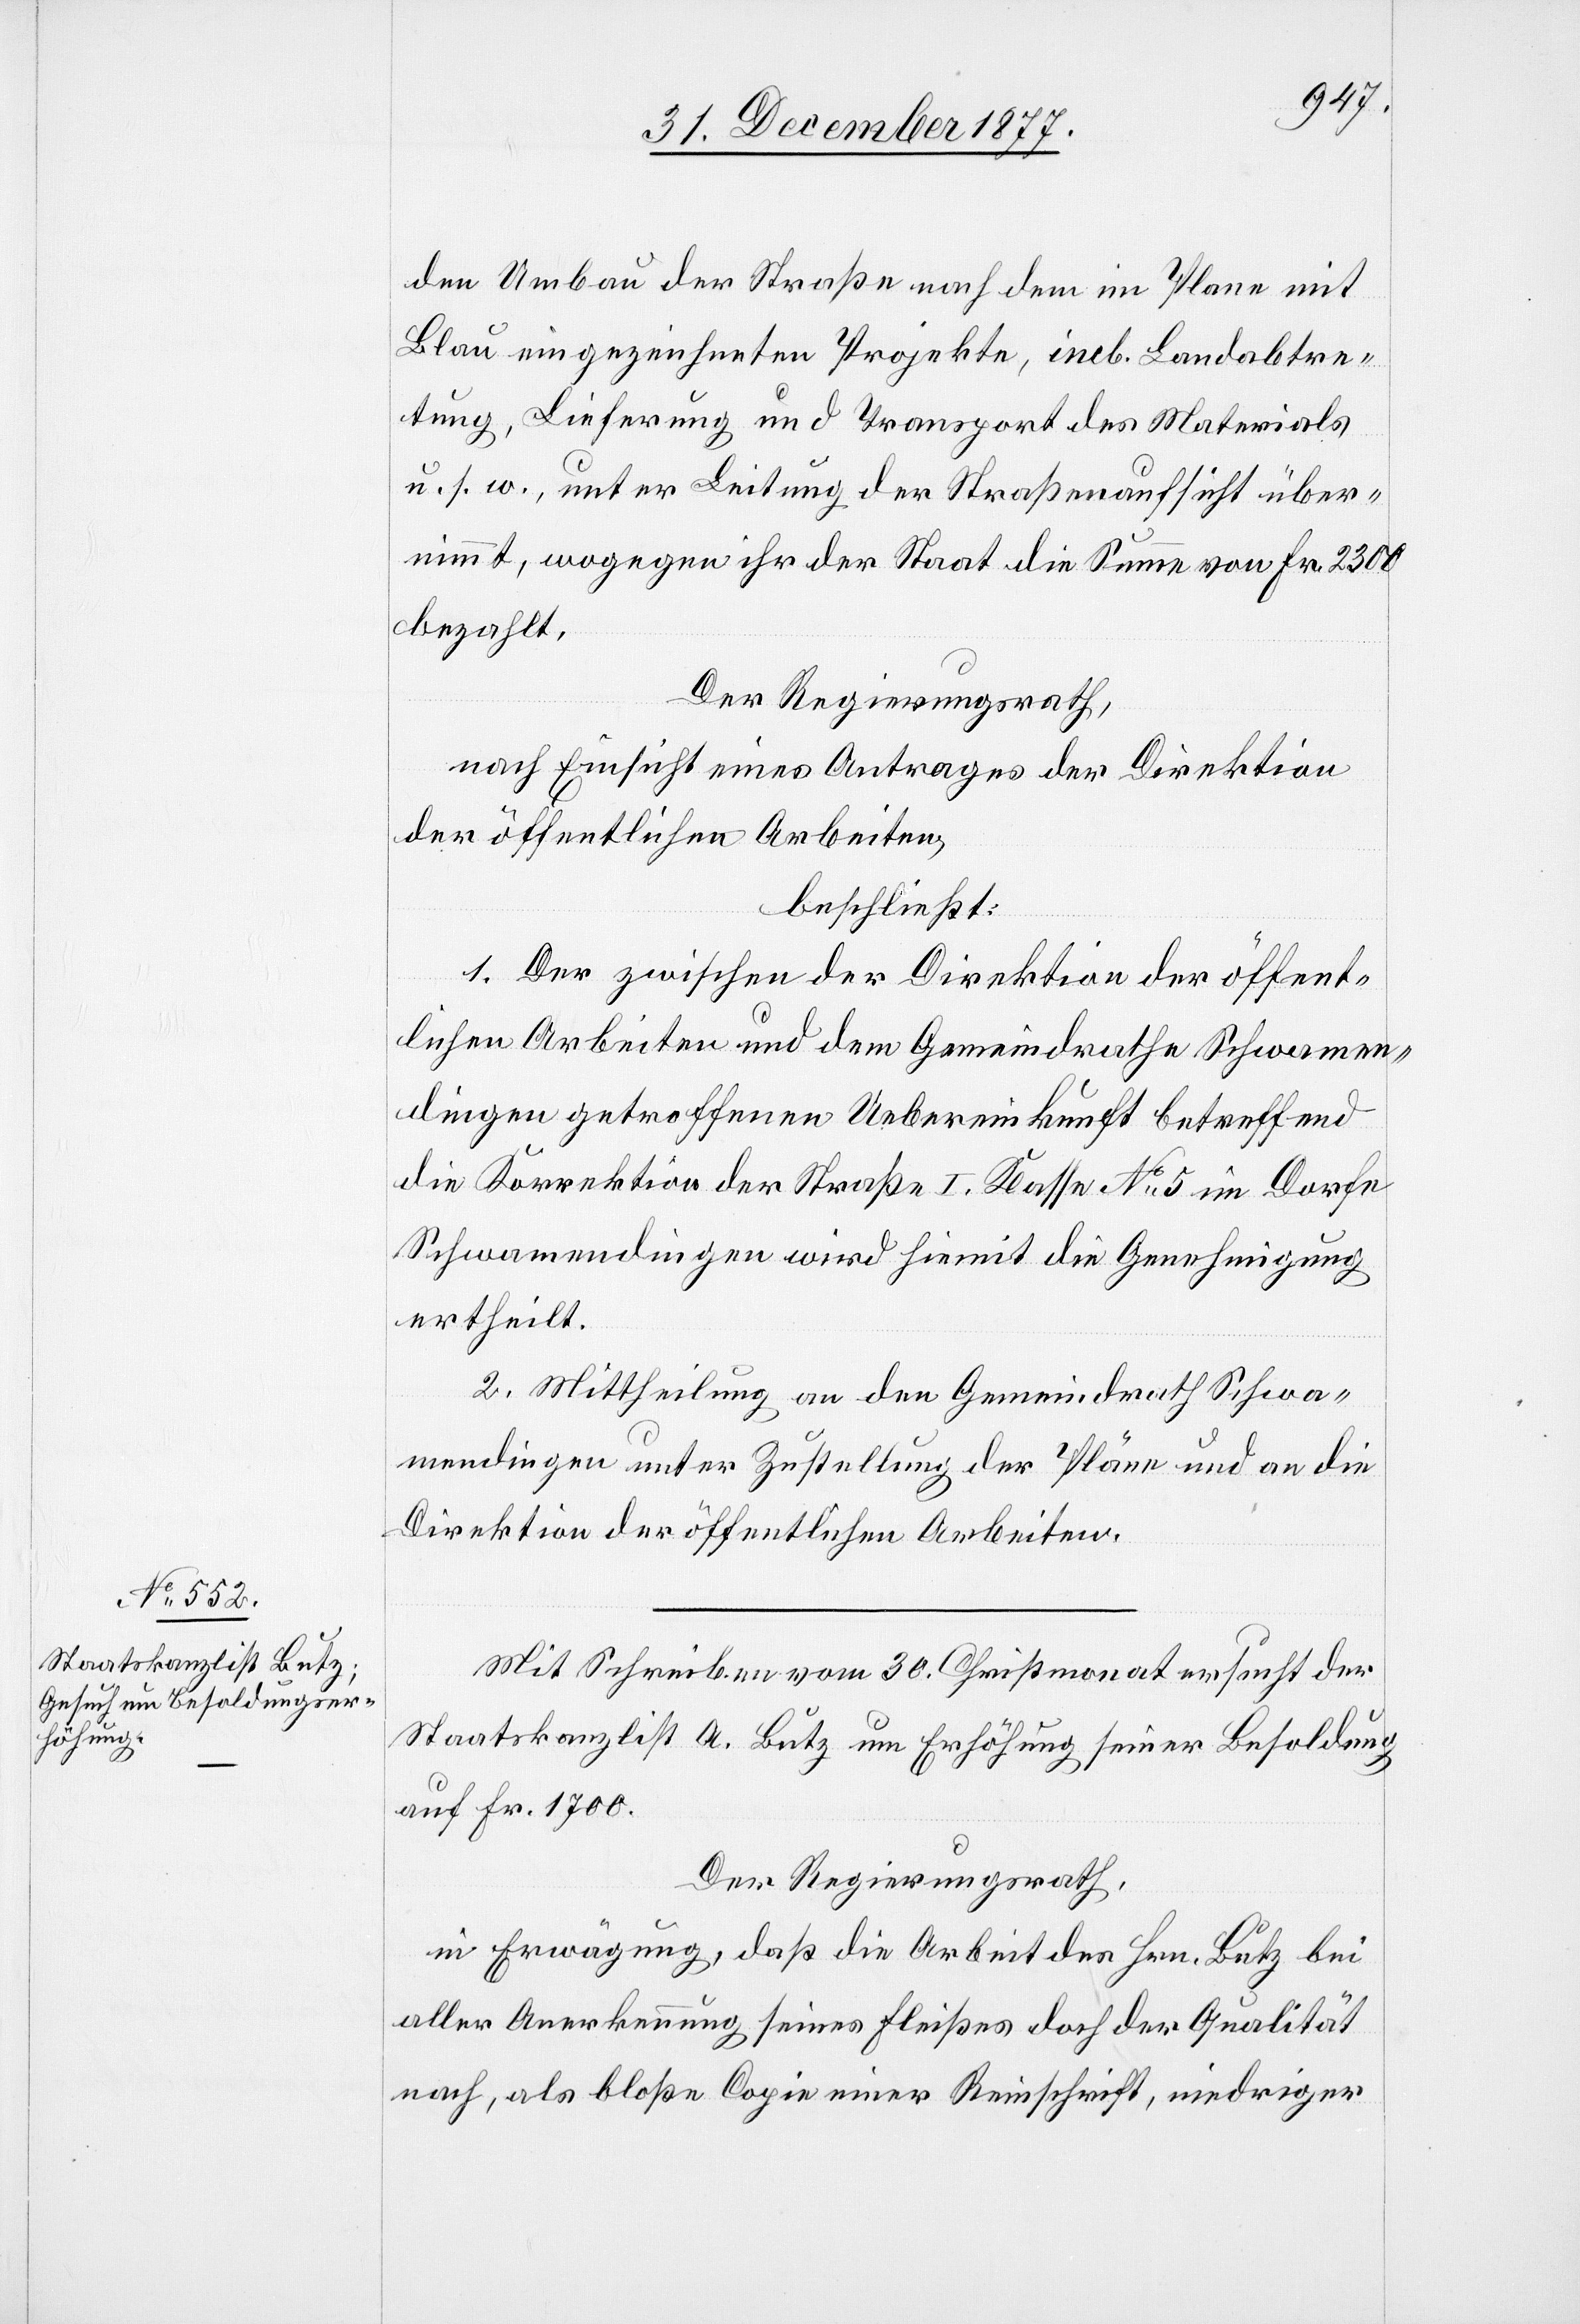
den Umbau der Straße nach dem im Plane mit
Blau eingezeichneten Projekte, incl. Landabtre¬
tung, Lieferung und Transport des Materials
u. s. w., unter Leitung der Straßenaufsicht über¬
nimmt, wogegen ihr der Staat die Summe von Fr. 2300
bezahlt.
Der Regierungsrath,
nach Einsicht eines Antrages der Direktion
der öffentlichen Arbeiten,
beschließt:
1. Der zwischen der Direktion der öffent¬
lichen Arbeiten und dem Gemeindrathe Schwamen¬
dingen getroffenen Uebereinkunft betreffend
die Korrektion der Straße I. Klasse No 5 im Dorfe
Schwamendingen wird hiemit die Genehmigung
ertheilt.
2. Mittheilung an den Gemeindrath Schwa¬
mendingen unter Zustellung der Pläne und an die
Direktion der öffentlichen Arbeiten.
Mit Schreiben vom 30. Christmonat ersucht der
Staatskanzlist A. Butz um Erhöhung seiner Besoldung
auf Fr. 1700.
Der Regierungsrath,
in Erwägung, daß die Arbeit des Hrn. Butz bei
aller Anerkennung seines Fleißes doch der Qualität
nach, als bloße Copie einer Reinschrift, niedriger